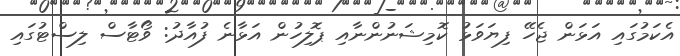
އެކަމުގައި އަޅަން ޖެހޭ ފިޔަވަޅު ކޮމިޝަނުންނާއި ޕޮލިހުން އަޅާނެ ފުއާދު: ވޯޓާސް ލިސްޓުގައި